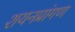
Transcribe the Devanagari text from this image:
शयनप्रांगण